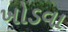
ખોડવા